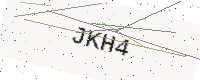
Text: JKH4